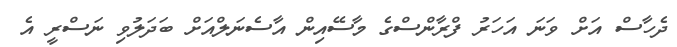
ދެހާސް އަށް ވަނަ އަހަރު ފްރާންސްގެ މާސޭއިން އާސެނަލްއަށް ބަދަލުވި ނަސްރީ އެ